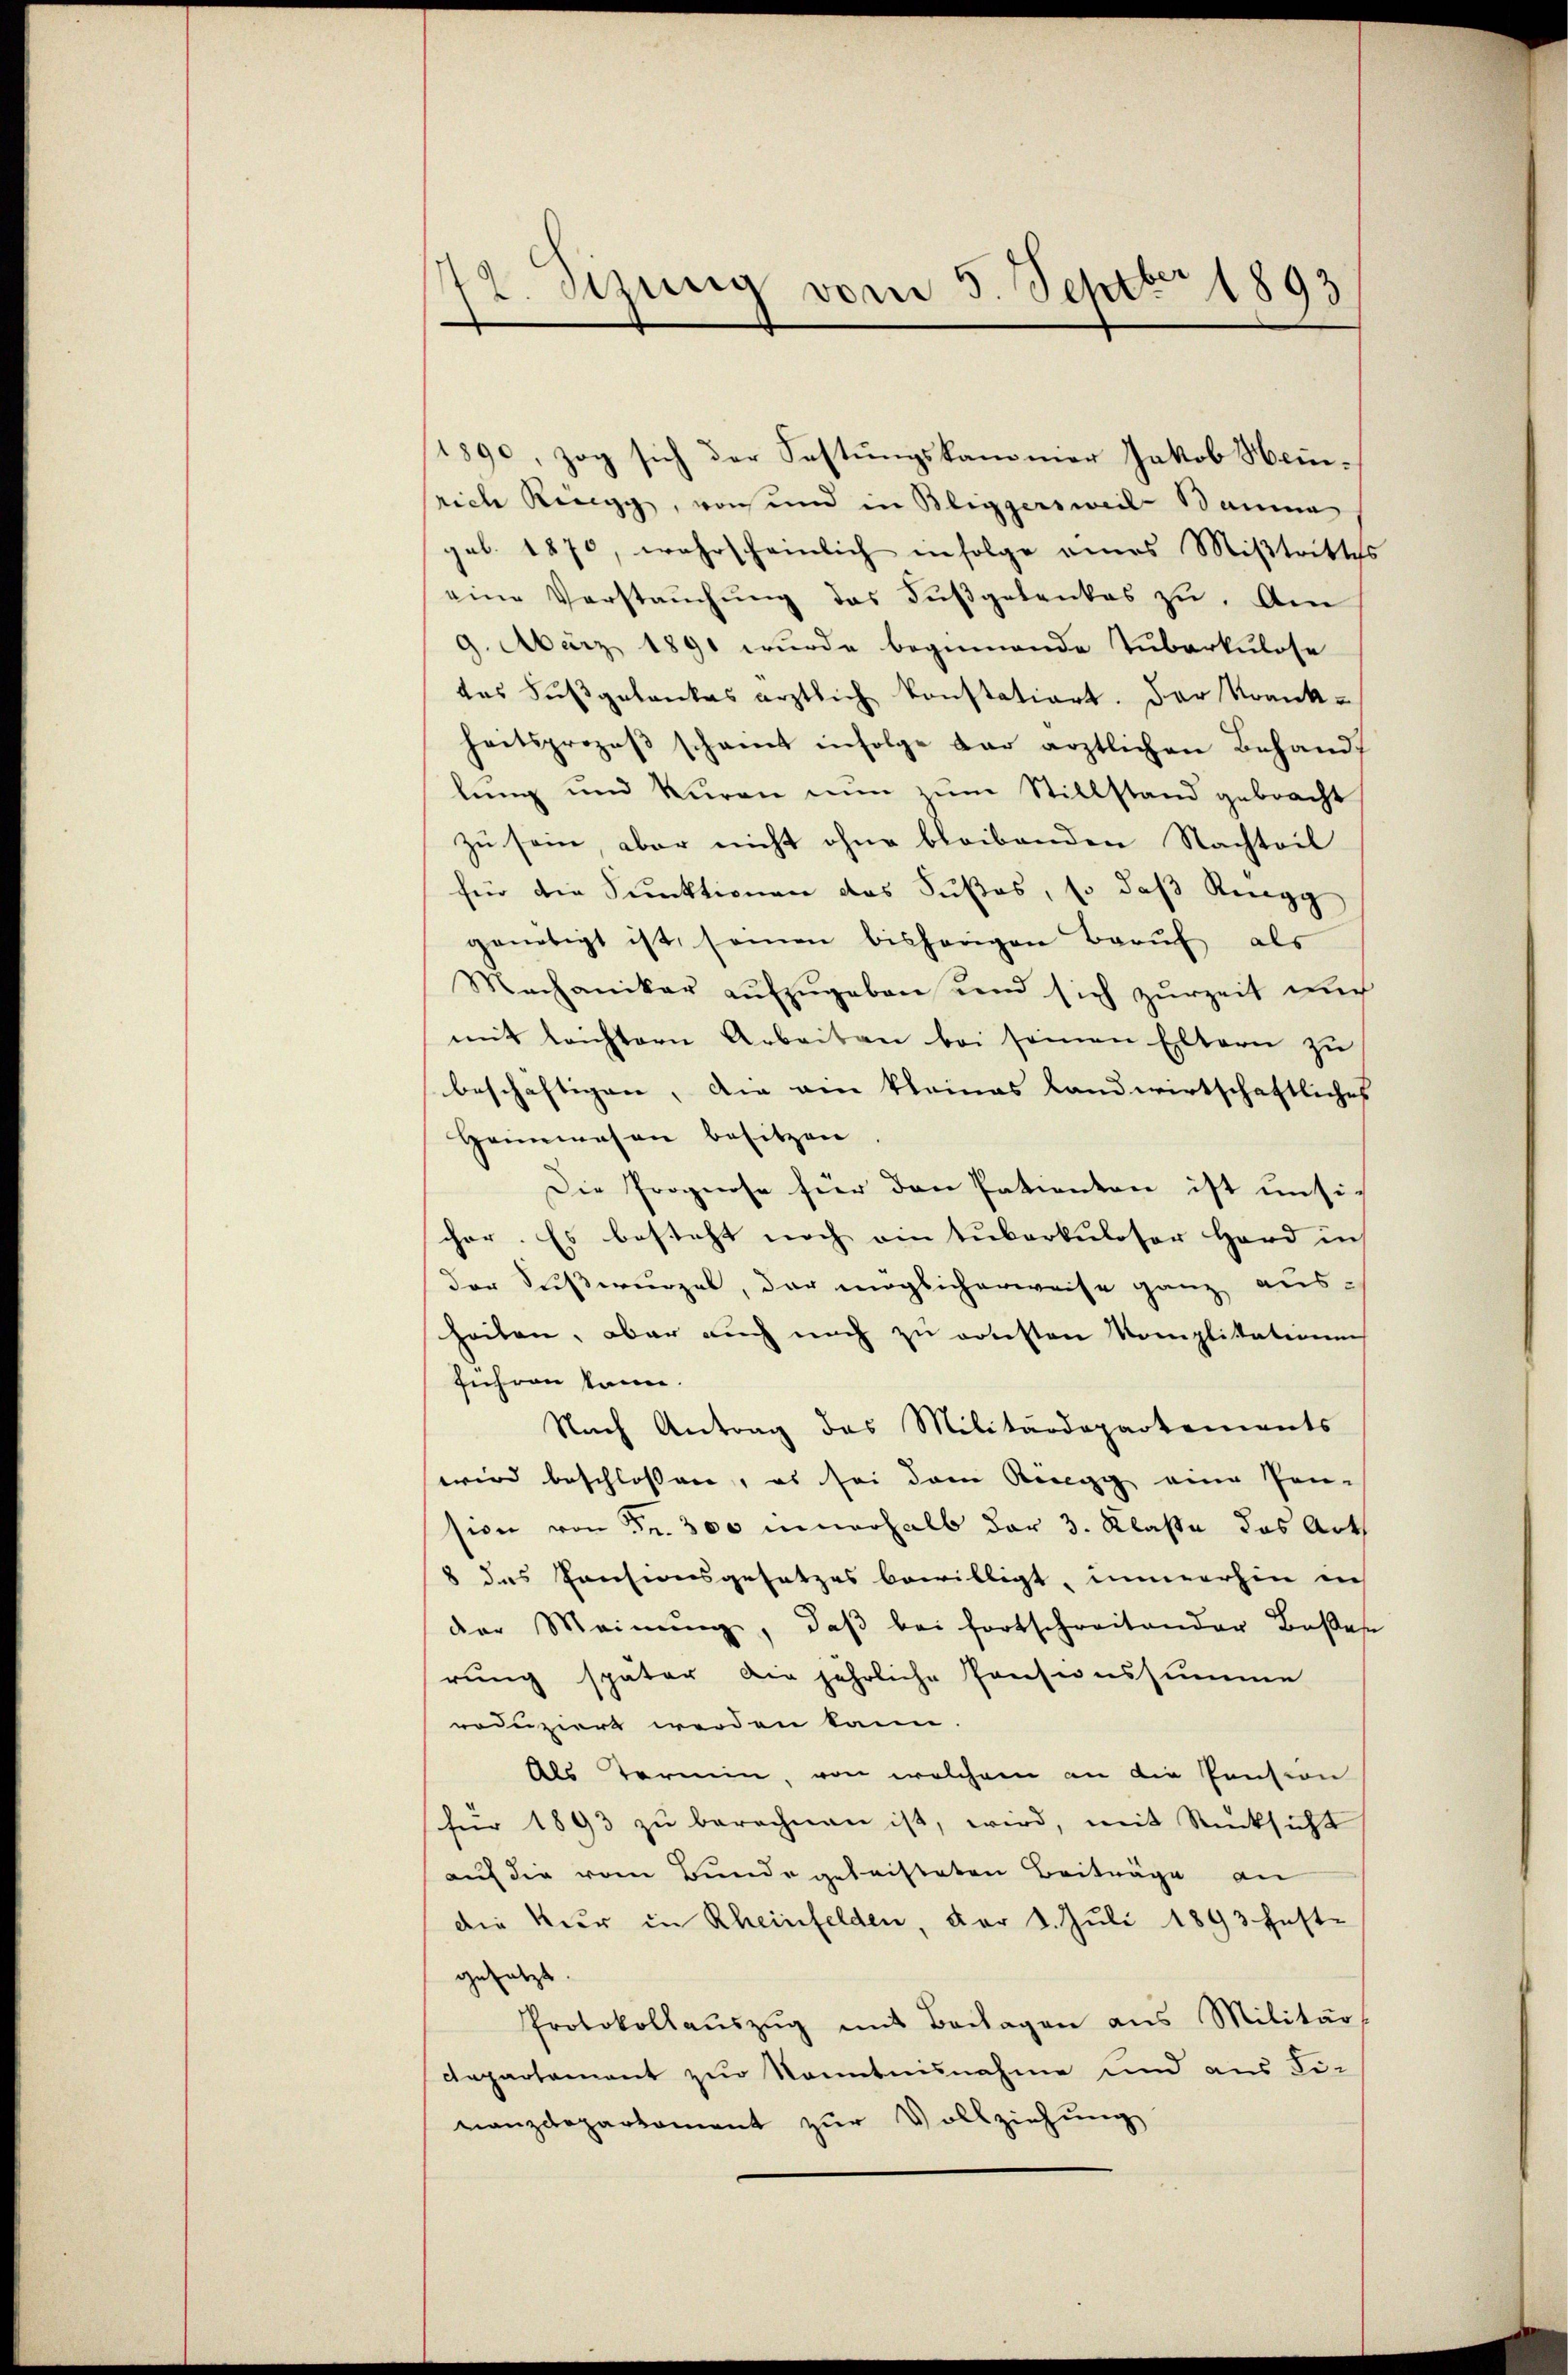
142. Sima vom 5. Septbr 1893

1890, zog sich der Festungskammer Jakob Heinsrich Ringg, von und in Bliggersweil Bauma
pol. 1870, wahrscheinlich infolge eines Mißtrittes
eine Verstaŭchŭng das Fŭβgetankes zu. Am
9. März 1891 wurde beginnende Tuberkulose
des Fŭβgelankes ärztlich konstation. Der Krankheitsprozeβ schamt infolge dar ärztlichen Behand-
lung und Kuren nun zum Stillstand gebracht
zu sein, aber nicht ohne bleibenden Nachteil
für die Punktionen das Süßes, so daß Ringg
geneigt ist, seinen bisherigen Barŭf als
Mechaniker aŭfzŭgeben und sich zŭrzeit auch
mit leichtern Arbeiten bei seinen Eltern zu
beschäftigen, die ein kleines Landwirtschaftliches
Heimwesen besitzen
Die Prognose für den Patienten ist unsicher. Es besteht noch ein Tuberkuloser Hard in
der Suswurzel, der möglicherweise ganz aus-
heiten, aber auch noch zu rotesten Komplikationen
führen kann.
Nach Antrag das Militärdepartements
wird beschlossen, es sei dem Ruegg eine Pen-
sion von Fr. 300 innerhalb der 3. Klaße das Arth
8 das Pensionsgesetzes bewilligt, immerhin in
der Meinŭng, daβ bei fortschreitender Base
rung später die jährliche Pensionssumme
roduziert werden kann.
Als Termin, von welchem an die Pension
für 1893 zŭ berechnen ist, wird, mit Rücksicht
auf die vom Bunde geleisteten Beiträge an
die Kur in Rheinfelden, der 4. Juli 1893 fest-
gesetzt.
Protokollaŭszŭg mit Beilagen aus Militär
departement zur Kenntnisnahme und aus Fi-
nanzdepartement zur Vollziehung